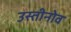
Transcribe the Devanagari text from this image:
उस्तीनोव